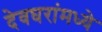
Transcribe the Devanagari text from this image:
देवघरांमध्ये